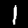
Label: 1